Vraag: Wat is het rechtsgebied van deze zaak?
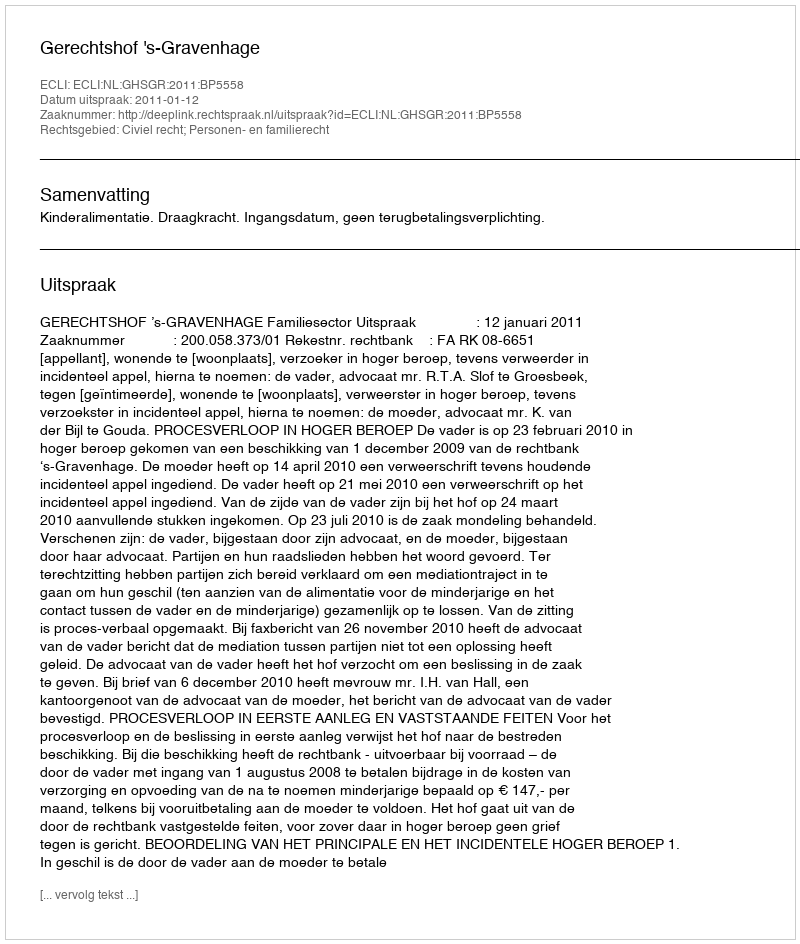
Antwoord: Civiel recht; Personen- en familierecht